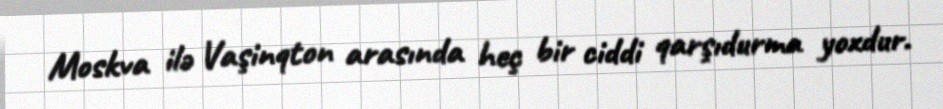
Moskva ilə Vaşinqton arasında heç bir ciddi qarşıdurma yoxdur.